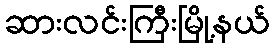
ဆားလင်းကြီးမြို့နယ်